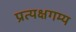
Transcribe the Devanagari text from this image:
प्रत्यक्षगम्य